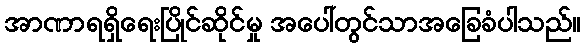
အာဏာရရှိရေးပြိုင်ဆိုင်မှု အပေါ်တွင်သာအခြေခံပါသည်။